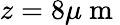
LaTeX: z=8\mu\mathrm{~m~}